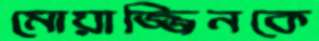
মোয়াজ্জিনকে